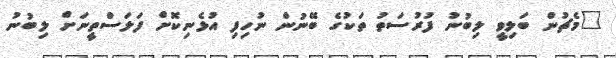
"މެޗުން ބަލިވީ ލިބުނު ފުރުސަތު ތަކުގެ ބޭނުން ނުހިފި އުޅެނިކޮށް ފަލަސްތީނަށް ލިބުނު